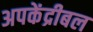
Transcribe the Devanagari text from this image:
अपकेंद्रीबल